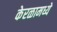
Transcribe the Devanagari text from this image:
केरळामध्ये